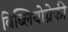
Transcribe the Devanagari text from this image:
बिब्लियोग्रेफी